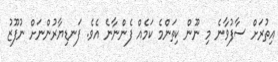
އިތުރަށް ސާފުވާނެ މި ނޫން ކިތަންމެ ކަމެއް ފެންނާނެ އެވެ. ފަނޑިޔާރުންނަށް ނުފޫޒު